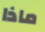
ماذا